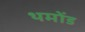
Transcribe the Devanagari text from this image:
थमोंड